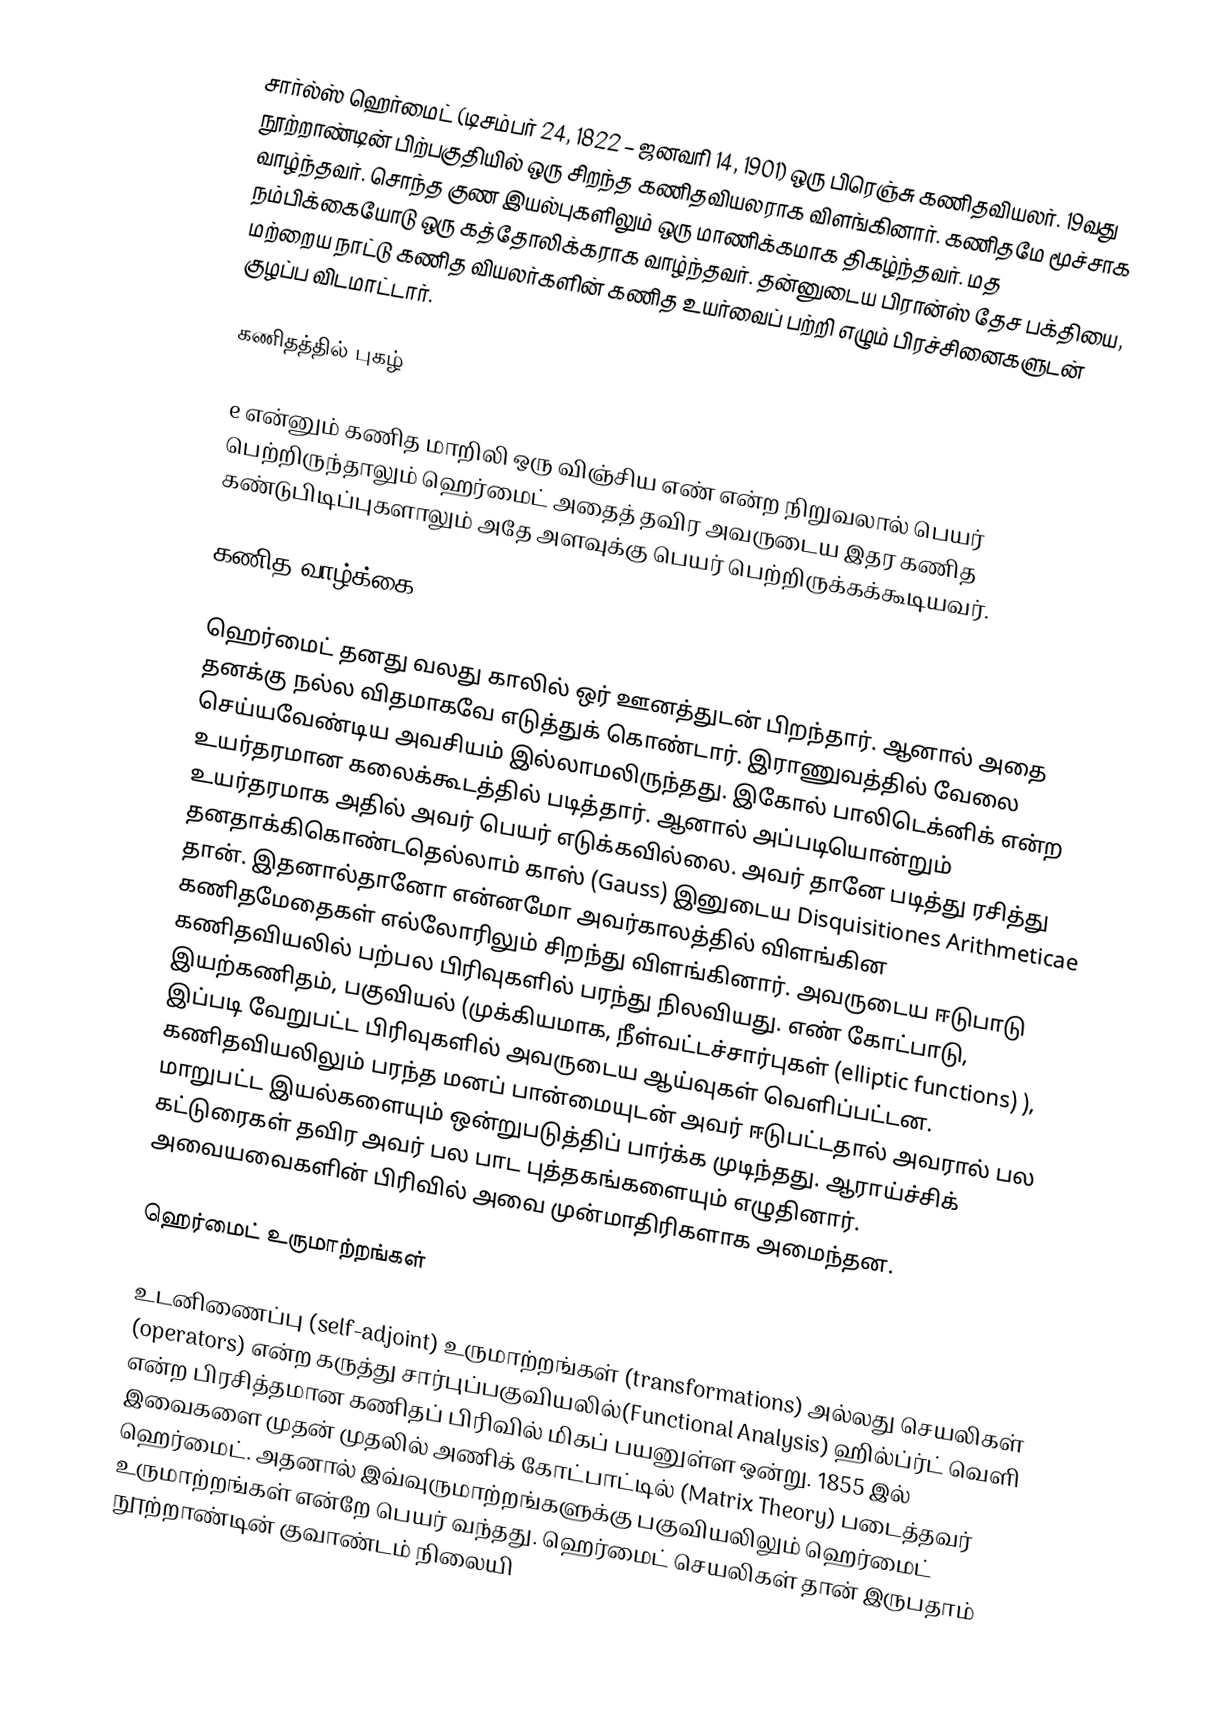
சார்ல்ஸ் ஹெர்மைட் (டிசம்பர் 24, 1822 – ஜனவரி 14, 1901) ஒரு பிரெஞ்சு கணிதவியலர். 19வது நூற்றாண்டின் பிற்பகுதியில் ஒரு  சிறந்த கணிதவியலராக விளங்கினார். கணிதமே மூச்சாக வாழ்ந்தவர். சொந்த குண இயல்புகளிலும் ஒரு மாணிக்கமாக திகழ்ந்தவர். மத நம்பிக்கையோடு ஒரு கத்தோலிக்கராக வாழ்ந்தவர். தன்னுடைய பிரான்ஸ் தேச பக்தியை, மற்றைய நாட்டு கணித வியலர்களின் கணித உயர்வைப் பற்றி எழும் பிரச்சினைகளுடன் குழப்ப விடமாட்டார்.

கணிதத்தில் புகழ்

e என்னும் கணித மாறிலி ஒரு விஞ்சிய எண் என்ற நிறுவலால் பெயர் பெற்றிருந்தாலும்  ஹெர்மைட் அதைத் தவிர அவருடைய இதர கணித கண்டுபிடிப்புகளாலும் அதே அளவுக்கு பெயர் பெற்றிருக்கக்கூடியவர்.

கணித வாழ்க்கை

ஹெர்மைட் தனது வலது காலில் ஒர் ஊனத்துடன் பிறந்தார்.  ஆனால் அதை தனக்கு நல்ல விதமாகவே எடுத்துக் கொண்டார். இராணுவத்தில் வேலை செய்யவேண்டிய  அவசியம் இல்லாமலிருந்தது. இகோல் பாலிடெக்னிக் என்ற உயர்தரமான கலைக்கூடத்தில் படித்தார். ஆனால் அப்படியொன்றும் உயர்தரமாக அதில் அவர் பெயர் எடுக்கவில்லை. அவர் தானே படித்து ரசித்து தனதாக்கிகொண்டதெல்லாம் காஸ் (Gauss) இனுடைய Disquisitiones Arithmeticae தான். இதனால்தானோ என்னமோ அவர்காலத்தில் விளங்கின கணிதமேதைகள் எல்லோரிலும் சிறந்து விளங்கினார். அவருடைய ஈடுபாடு கணிதவியலில் பற்பல பிரிவுகளில் பரந்து நிலவியது. எண் கோட்பாடு, இயற்கணிதம், பகுவியல் (முக்கியமாக, நீள்வட்டச்சார்புகள் (elliptic functions) ), இப்படி வேறுபட்ட பிரிவுகளில் அவருடைய ஆய்வுகள் வெளிப்பட்டன.  கணிதவியலிலும் பரந்த மனப் பான்மையுடன் அவர் ஈடுபட்டதால் அவரால் பல மாறுபட்ட இயல்களையும் ஒன்றுபடுத்திப் பார்க்க முடிந்தது. ஆராய்ச்சிக் கட்டுரைகள் தவிர அவர் பல பாட புத்தகங்களையும்   எழுதினார். அவையவைகளின் பிரிவில் அவை முன்மாதிரிகளாக அமைந்தன.

ஹெர்மைட் உருமாற்றங்கள்

உடனிணைப்பு (self-adjoint) உருமாற்றங்கள் (transformations) அல்லது செயலிகள் (operators)  என்ற கருத்து சார்புப்பகுவியலில்(Functional Analysis) ஹில்ப்ர்ட் வெளி என்ற பிரசித்தமான கணிதப் பிரிவில் மிகப் பயனுள்ள ஒன்று. 1855 இல் இவைகளை முதன் முதலில் அணிக் கோட்பாட்டில் (Matrix Theory)  படைத்தவர் ஹெர்மைட். அதனால் இவ்வுருமாற்றங்களுக்கு பகுவியலிலும் ஹெர்மைட் உருமாற்றங்கள் என்றே பெயர் வந்தது. ஹெர்மைட் செயலிகள் தான் இருபதாம் நூற்றாண்டின் குவாண்டம் நிலையி